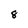
Character: 8